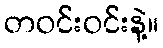
တဝင်းဝင်းနဲ့။